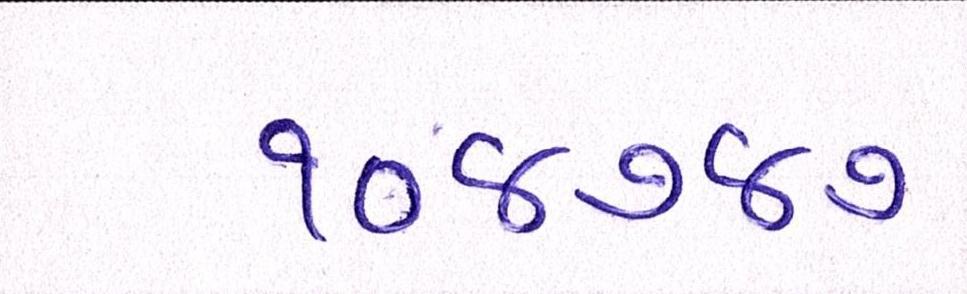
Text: ૧૦૪૭૪૭